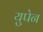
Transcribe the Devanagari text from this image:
युपेन